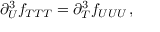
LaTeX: \partial _ { U } ^ { 3 } f _ { T T T } = \partial _ { T } ^ { 3 } f _ { U U U } \, ,